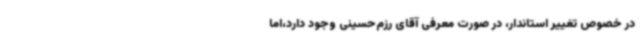
در خصوص تغییر استاندار، در صورت معرفی آقای رزم‌حسینی وجود دارد،اما